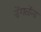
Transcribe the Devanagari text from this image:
डेंगळेंना